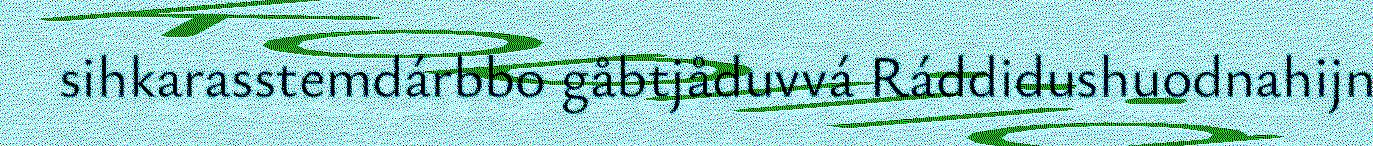
sihkarasstemdárbbo gåbtjåduvvá Ráddidushuodnahijn